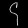
Digit: ၄